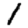
Digit: 1